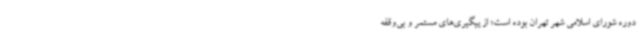
دوره شورای اسلامی شهر تهران بوده است؛ از پیگیری‌های مستمر و بی‌وقفه